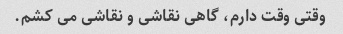
وقتی وقت دارم، گاهی نقاشی و نقاشی می کشم.